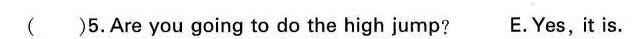
（）5.Are you going to do the high jump? E.Yes,it is.